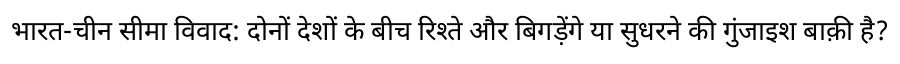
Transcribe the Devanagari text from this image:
भारत-चीन सीमा विवाद: दोनों देशों के बीच रिश्ते और बिगड़ेंगे या सुधरने की गुंजाइश बाक़ी है?